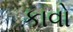
કાવો